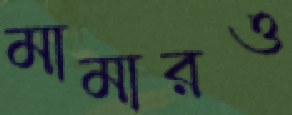
মামারও